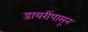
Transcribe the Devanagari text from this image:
डायरींपासून